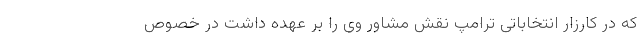
که در کار‌زار انتخاباتی ترامپ نقش مشاور وی را بر عهده داشت در خصوص